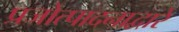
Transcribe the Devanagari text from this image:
प्रजोत्पादनाद्वारे